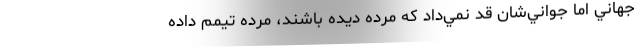
جهاني اما جواني‌شان قد نمي‌داد كه مرده ديده باشند، مرده تيمم داده